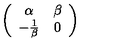
\left( \begin{array} { c c } { \alpha } & { \beta } \\ { - \frac { 1 } { \beta } } & { 0 } \\ \end{array} \right)